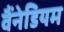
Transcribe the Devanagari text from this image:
वैंनेडियम